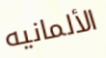
الألمانيه